Civil Veterinary Dept. Assam report 1927-50 - 1927-1950
Year: 1927
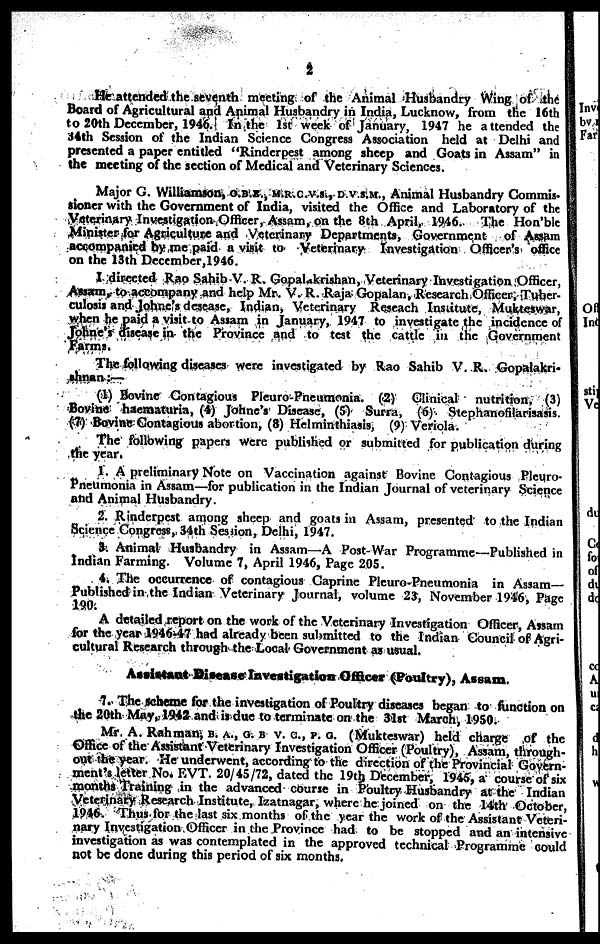
2
He attended the seventh meeting of the Animal Husbandry Wing of the
Board of Agricultural and Animal Husbandry in India, Lucknow, from the 16th
to 20th December, 1946. In the 1st week of January, 1947 he attended the
34th Session of the Indian Science Congress Association held at Delhi and
presented a paper entitled "Rinderpest among sheep and Goats in Assam" in
the meeting of the section of Medical and Veterinary Sciences.
Major G. Williamson, O.B.E., M.R.C.V.S., D.V.S.M., Animal Husbandry Commis-
sioner with the Government of India, visited the Office and Laboratory of the
Veterinary Investigation Officer, Assam, on the 8th April, 1946. The Hon'ble
Minister for Agriculture and Veterinary Departments, Government of Assam
accompanied by me paid a visit to Veterinary Investigation Officer's office
on the 13th Deccmber,1946.
I directed Rao Sahib V. R. Gopalakrishan, Veterinary Investigation Officer,
Assam, to accompany and help Mr. V. R. Raja Gopalan, Research Officer, Tuber-
culosis and Johne's desease, Indian, Veterinary Reseach Institute, Mulueswar,
when he paid a visit to Assam in January, 1947 to investigate the incidence of
Johne's disease in the Province and to test the cattle in the Government
Farms.
The following diseases were investigated by Rao Sahib V. R. Gopalakri-
ahnan:—
(1) Bovine Contagious Pleuro-Pneumonia. (2) Clinical nutrition, (3)
Bovine haematuria, (4) Johne's Disease, (5) Surra, (6) Stephanofilarisasis.
(7) Bovine Contagious abortion, (8) Helminthiasis, (9) Veriola.
The following papers were published or submitted for publication during
the year.
1. A preliminary Note on Vaccination against Bovine Contagious Pleuro-
pneumonia in Assam—for publication in the Indian Journal of veterinary Science
and Animal Husbandry.
2. Rinderpest among sheep and goats in Assam, presented to the Indian
Science Congress, 34th Sestion, Delhi, 1947.
3. Animal Husbandry in Assam—A Post-War Programme—Published in
Indian Farming. Volume 7, April 1946, Page 205.
4. The occurrence of contagious Caprine Pleuro-Pneumonia in Assam-
Published in the Indian Veterinary Journal, volume 23, November 1946, Page
190.
A detailed report on the work of the Veterinary Investigation Officer, Assam
for the year 1946-47 had already been submitted to the Indian Council of Agri-
cultural Research through the Local Government as usual.
Assistant Disease Investigation Officer (Poultry), Assam.
7. The scheme for the investigation of Poultry diseases began to function on
the 20th May, 1942 and is due to terminate on the 31st March, 1950.
Mr. A. Rahman, B. A., G. B V. C, P. G. (Mukteswar) held charge of the
Office of the Assistant Veterinary Investigation Officer (Poultry), Assam, through-
out the year. He underwent, according to the direction of the Provincial Govern-
ment's letter No. EVT. 20/45/72, dated the 19tb December, 1945, a course of six
months Training in the advanced course in Poultry Husbandry at the Indian
Veterinary Research Institute, Izatnagar, where he joined on the 14th October,
1946. Thus for the last six months of the year the work of the Assistant Veteri-
nary Investigation Officer in the Province had to be stopped and an intensive
investigation as was contemplated in the approved technical Programme could
not be done during this period of six months.